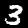
Label: 3